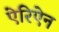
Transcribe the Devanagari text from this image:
ऐरिऐन